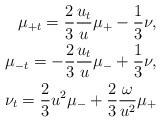
LaTeX: \begin{align*}\mu_{+t} = \frac{2}{3}\frac{u_t}{u}\mu_+ -\frac{1}{3}\nu,\\ \mu_{-t} = -\frac{2}{3}\frac{u_t}{u}\mu_- +\frac{1}{3}\nu,\\ \nu_{t} = \frac{2}{3}u^2\mu_- +\frac{2}{3}\frac{\omega}{u^2}\mu_+\end{align*}